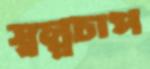
স্বল্পচাপ